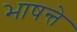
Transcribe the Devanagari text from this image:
भाषन्ते